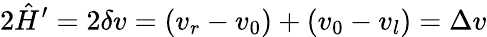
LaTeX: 2\hat{H}^{\prime}=2\delta v=(v_{r}-v_{0})+(v_{0}-v_{l})=\Delta v